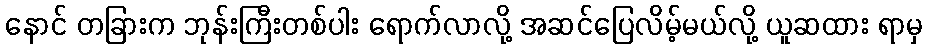
နောင် တခြားက ဘုန်းကြီးတစ်ပါး ရောက်လာလို့ အဆင်ပြေလိမ့်မယ်လို့ ယူဆထား ရာမှ